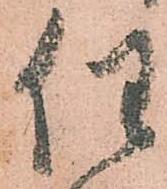
任